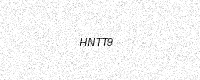
Text: HNTT9